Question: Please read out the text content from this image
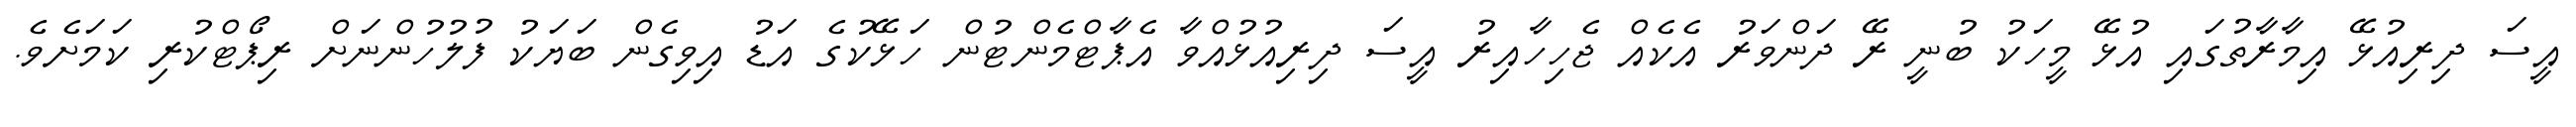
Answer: އީސަ ދިރިއުޅޭ އިމާރާތުގައި އުޅޭ މީހަކު ބުނީ ރޭ ދަންވަރު އެކެއް ޖެހިހާއިރު އީސަ ދިރިއުޅުއްވާ އެޕާޓްމެންޓުން ހަޅޭކުގެ އަޑު އިވިގެން ބަޔަކު ފުލުހުންނަށް ރިޕޯޓްކުރި ކަމަށެވެ.